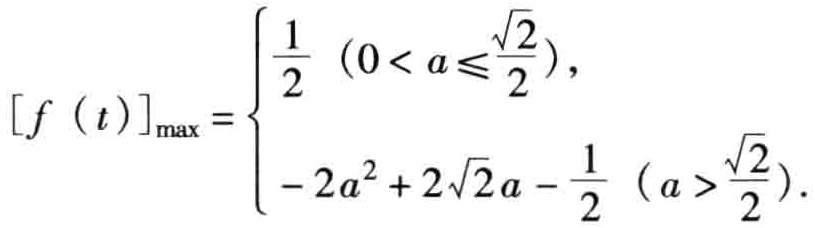
\[
[f(t)]_{\max }=\begin{cases}
\frac{1}{2}\ (0 < a\leqslant\frac{\sqrt{2}}{2}),\\
-2a^{2}+2\sqrt{2}a - \frac{1}{2}\ (a > \frac{\sqrt{2}}{2}).
\end{cases}
\]